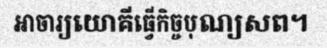
អាចារ្យយោគីធ្វើកិច្ចបុណ្យសព។